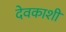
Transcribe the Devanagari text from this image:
देवकाशी